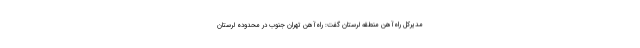
مدیرکل راه‌آهن منطقه لرستان گفت: راه‌آهن تهران جنوب در محدوده لرستان